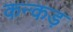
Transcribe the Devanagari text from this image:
कन्कड़